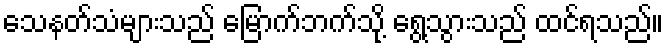
သေနတ်သံများသည် မြောက်ဘက်သို့ ရွေ့သွားသည် ထင်ရသည်။